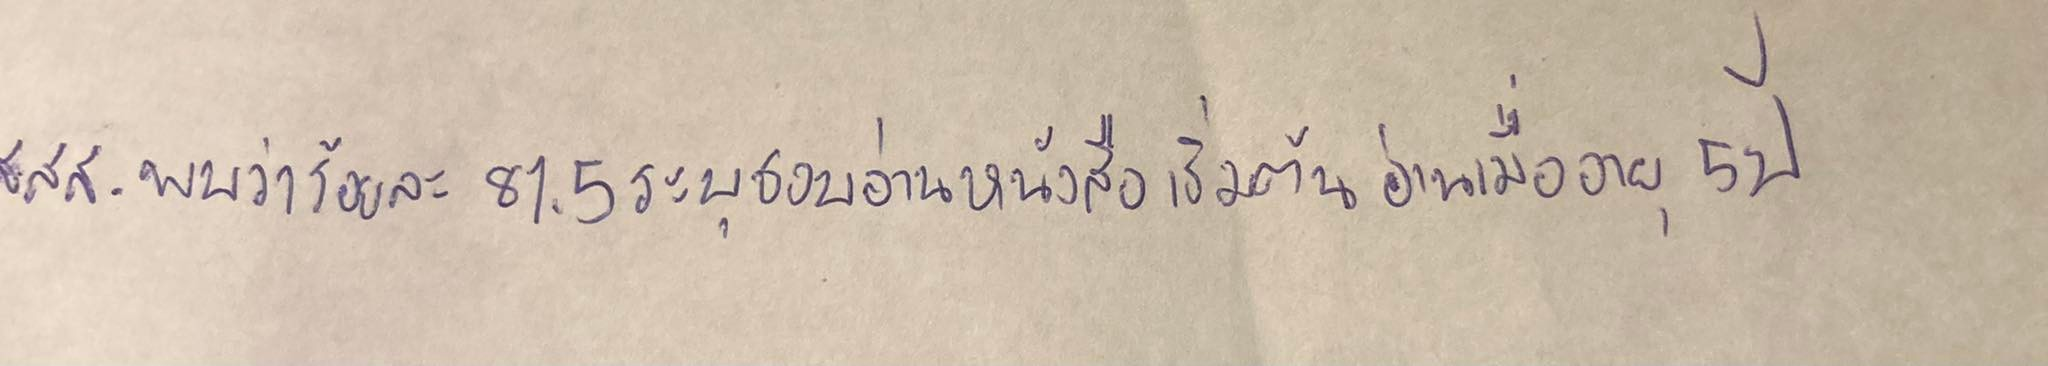
สสส.พบว่าร้อยละ81.5ระบุชอบอ่านหนังสือเริ่มต้นอ่านเมื่ออายุ5ปี